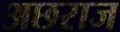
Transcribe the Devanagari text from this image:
अछराज